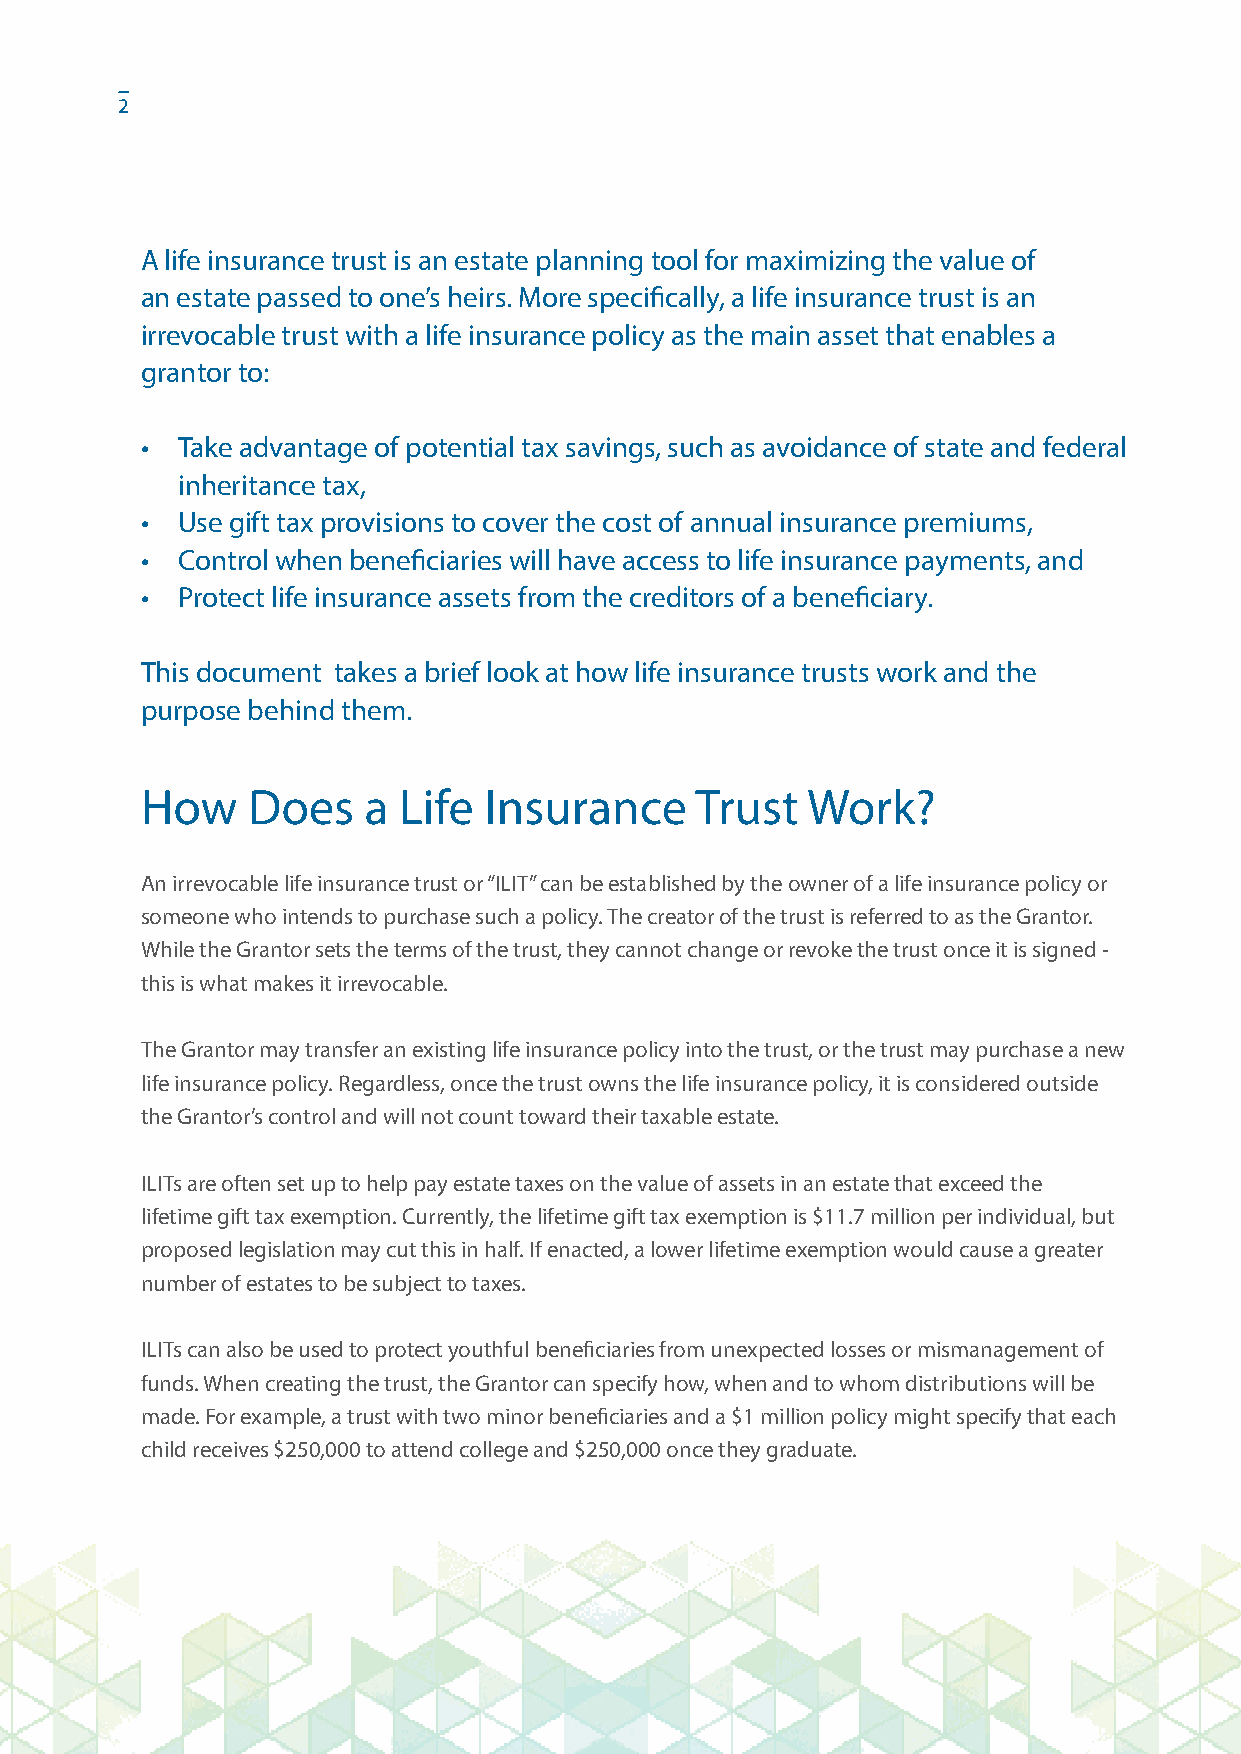
2
 A life insurance trust is an estate planning tool for maximizing the value of
 an estate passed to one’s heirs. More specifically, a life insurance trust is an
 irrevocable trust with a life insurance policy as the main asset that enables a
 grantor to:
 •  Take advantage of potential tax savings, such as avoidance of state and federal
 inheritance tax,
 •  Use gift tax provisions to cover the cost of annual insurance premiums,
 •  Control when beneficiaries will have access to life insurance payments, and
 •  Protect life insurance assets from the creditors of a beneficiary.
 This document takes a brief look at how life insurance trusts work and the
 purpose behind them.
 How    Does    a Life  Insurance     Trust  Work?
 An irrevocable life insurance trust or “ILIT” can be established by the owner of a life insurance policy or
 someone who intends to purchase such a policy. The creator of the trust is referred to as the Grantor.
 While the Grantor sets the terms of the trust, they cannot change or revoke the trust once it is signed -
 this is what makes it irrevocable.
 The Grantor may transfer an existing life insurance policy into the trust, or the trust may purchase a new
 life insurance policy. Regardless, once the trust owns the life insurance policy, it is considered outside
 the Grantor’s control and will not count toward their taxable estate.
 ILITs are often set up to help pay estate taxes on the value of assets in an estate that exceed the
 lifetime gift tax exemption. Currently, the lifetime gift tax exemption is $11.7 million per individual, but
 proposed legislation may cut this in half. If enacted, a lower lifetime exemption would cause a greater
 number of estates to be subject to taxes.
 ILITs can also be used to protect youthful beneficiaries from unexpected losses or mismanagement of
 funds. When creating the trust, the Grantor can specify how, when and to whom distributions will be
 made. For example, a trust with two minor beneficiaries and a $1 million policy might specify that each
 child receives $250,000 to attend college and $250,000 once they graduate.